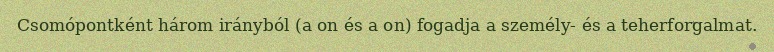
Csomópontként három irányból (a on és a on) fogadja a személy- és a teherforgalmat.